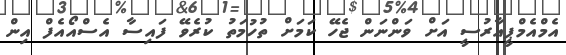
އެމްއެމްޕީއާރުސީ އަށް ވަންނަން ޖެހޭ ކަމަށް ތުހުމަތު ކުރެވޭ ފައިސާ އެސްއޯއެފް އިން